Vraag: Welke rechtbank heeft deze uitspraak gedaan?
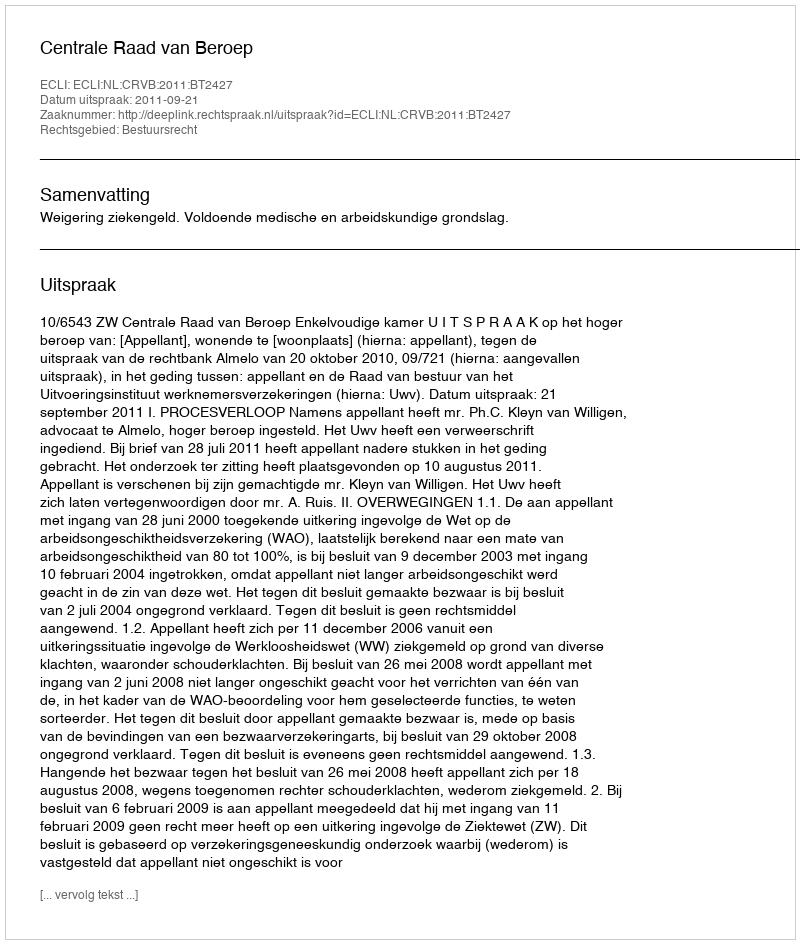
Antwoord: Centrale Raad van Beroep